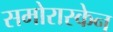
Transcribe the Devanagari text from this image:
समोरास्केन